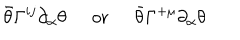
\bar { \theta } \Gamma ^ { i j } \partial _ { \alpha } \theta \; \; \mathrm { o r } \; \; \bar { \theta } \Gamma ^ { + \mu } \partial _ { \alpha } \theta